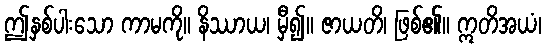
ဤနှစ်ပါးသော ကာမကို။ နိဿာယ၊ မှီ၍။ ဇာယတိ၊ ဖြစ်၏။ ဣတိအယံ၊